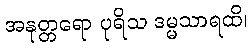
အနုတ္တရော ပုရိသ ဒမ္မသာရထိ၊